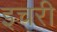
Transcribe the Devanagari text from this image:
इचरी